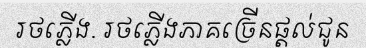
រថភ្លើង. រថភ្លើងភាគច្រើនផ្តល់ជូន